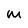
Character: m